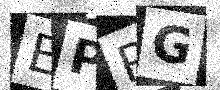
Text: EPPG